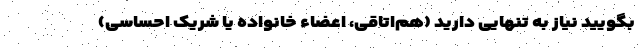
بگویید نیاز به تنهایی دارید (هم‌اتاقی، اعضاء خانواده یا شریک احساسی)